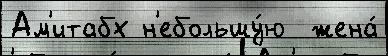
Ам'итабх н'ебольшу́ю  жена́